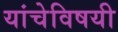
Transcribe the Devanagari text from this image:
यांचेविषयी